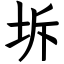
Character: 坼